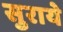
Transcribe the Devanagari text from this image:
सुराये